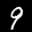
Label: 9